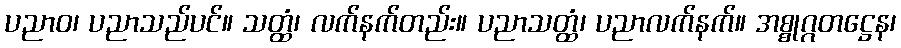
ပညာဝ၊ ပညာသည်ပင်။ သတ္ထံ၊ လက်နက်တည်း။ ပညာသတ္ထံ၊ ပညာလက်နက်။ အစ္စုဂ္ဂတဋ္ဌေန၊